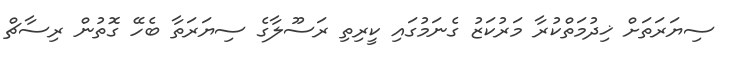
ސިޔަރަތަށް ޚިދުމަތްކުރާ މަރުކަޒު ގެނަމުގައި ކީރިތި ރަސޫލާގެ ސިޔަރަތާ ބެހޭ ގޮތުން ރިސާޗް